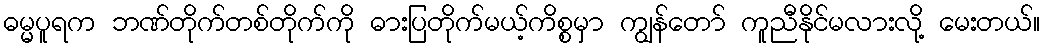
ဓမ္မပူရက ဘဏ်တိုက်တစ်တိုက်ကို ဓားပြတိုက်မယ့်ကိစ္စမှာ ကျွန်တော် ကူညီနိုင်မလားလို့ မေးတယ်။